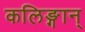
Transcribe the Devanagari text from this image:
कलिङ्गान्‌